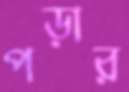
পড়ার